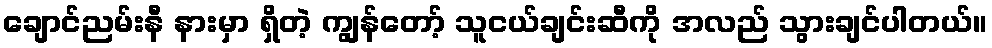
ချောင်ညမ်းနီ နားမှာ ရှိတဲ့ ကျွန်တော့် သူငယ်ချင်းဆီကို အလည် သွားချင်ပါတယ်။